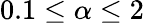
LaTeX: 0.1\leq\alpha\leq 2